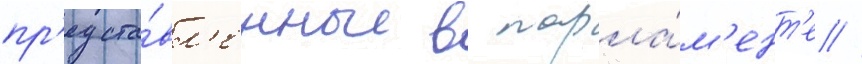
пр'едста́вл'енные в парла́м'ент'е //